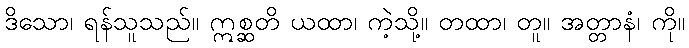
ဒိသော၊ ရန်သူသည်။ ဣစ္ဆတိ ယထာ၊ ကဲ့သို့။ တထာ၊ တူ။ အတ္တာနံ၊ ကို။